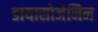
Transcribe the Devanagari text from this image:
डायासोजेनिन